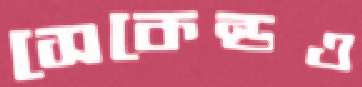
সেকেন্ডও